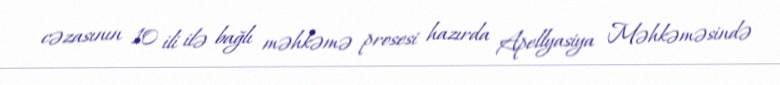
cəzasının 10 ili ilə bağlı məhkəmə prosesi hazırda Apellyasiya Məhkəməsində